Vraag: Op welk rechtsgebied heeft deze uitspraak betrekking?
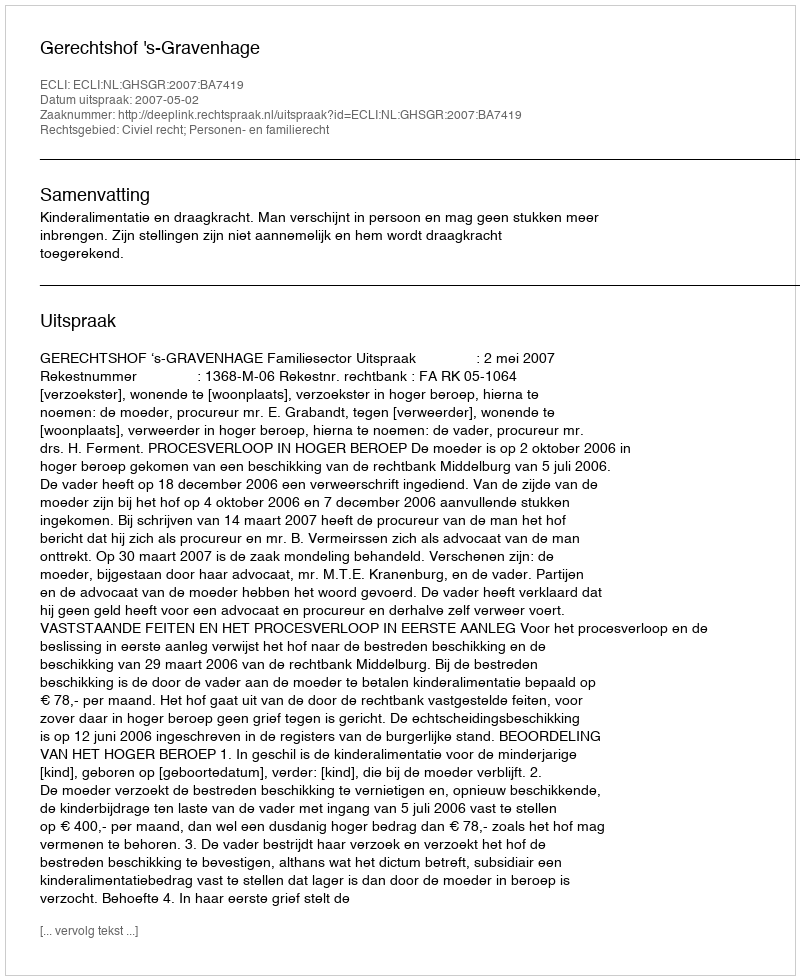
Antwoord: Civiel recht; Personen- en familierecht